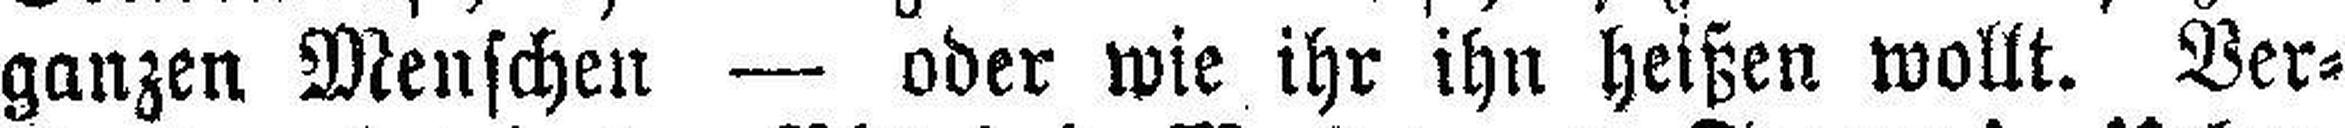
ganzen Menschen — oder wie ihr ihn heißen wollt. Ver¬